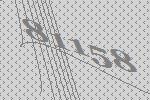
81158